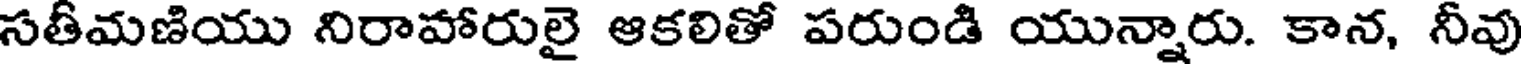
సతీమణియు నిరాహారులై ఆకలితో పరుండి యున్నారు. కాన, నీవు